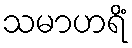
သမာဟရိံ